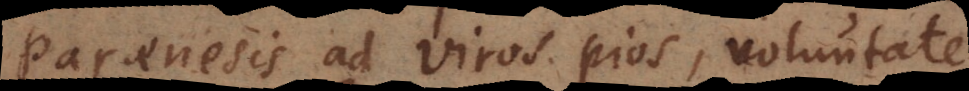
Paraenesis ad viros pios, voluntate